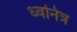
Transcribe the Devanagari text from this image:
ध्वनित्र